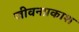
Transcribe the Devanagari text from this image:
जीवनप्रकाश